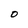
Character: 0